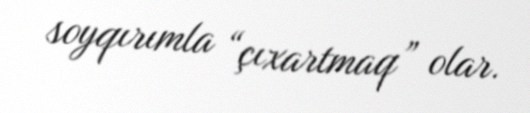
soyqırımla “çıxartmaq” olar.